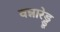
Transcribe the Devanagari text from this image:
वन्नारेड्डू